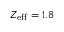
Z _ { \mathrm { e f f } } = 1 . 8